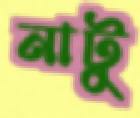
নাটু